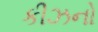
કીઝનો